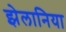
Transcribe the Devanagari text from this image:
झेलानिया